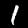
Label: 1